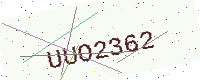
Text: UUO2362